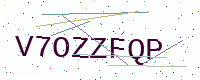
Text: V7OZZFQP